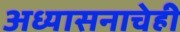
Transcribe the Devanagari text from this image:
अध्यासनाचेही